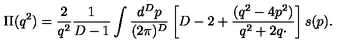
\Pi ( q ^ { 2 } ) = { \frac { 2 } { q ^ { 2 } } } { \frac { 1 } { D - 1 } } \int { \frac { d ^ { D } p } { ( 2 \pi ) ^ { D } } } \left[ D - 2 + { \frac { ( q ^ { 2 } - 4 p ^ { 2 } ) } { q ^ { 2 } + 2 q \cdotp } } \right] s ( p ) .